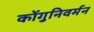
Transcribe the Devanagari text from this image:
कोंगुनिवर्मन